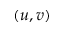
( u , v )